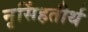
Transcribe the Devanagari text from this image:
नृसिंहतीर्थ